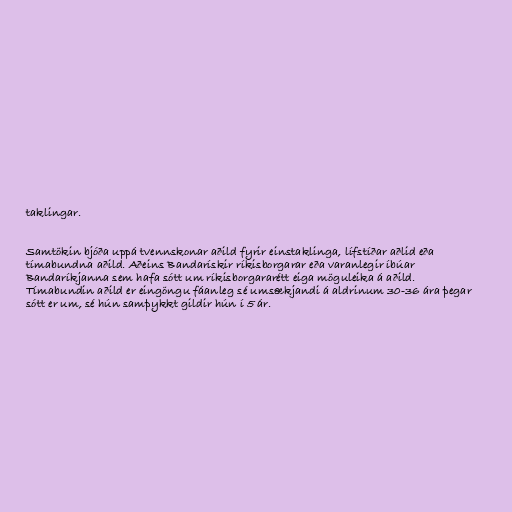
taklingar.

Samtökin bjóða uppá tvennskonar aðild fyrir einstaklinga, lífstíðar aðlid eða
tímabundna aðild. Aðeins Bandarískir ríkisborgarar eða varanlegir íbúar
Bandaríkjanna sem hafa sótt um ríkisborgararétt eiga möguleika á aðild.
Tímabundin aðild er eingöngu fáanleg sé umsækjandi á aldrinum 30-36 ára þegar
sótt er um, sé hún samþykkt gildir hún í 5 ár.